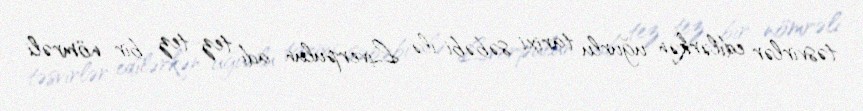
təsvirlər edilərkən uğurlu tarixi səbəbi ilə Liverpulun adı tez-tez bir nömrəli